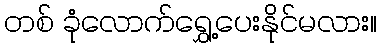
တစ် ခုံလောက်ရွှေ့ပေးနိုင်မလား။